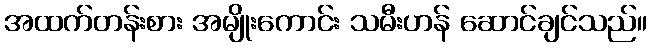
အထက်တန်းစား အမျိုးကောင်း သမီးဟန် ဆောင်ချင်သည်။